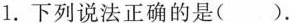
1.下列说法正确的是()。